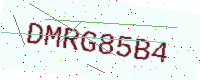
Text: DMRG85B4